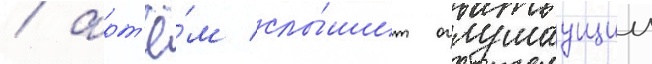
/ арт'ё́м слы́шит оглушаущии